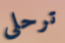
ترحلى